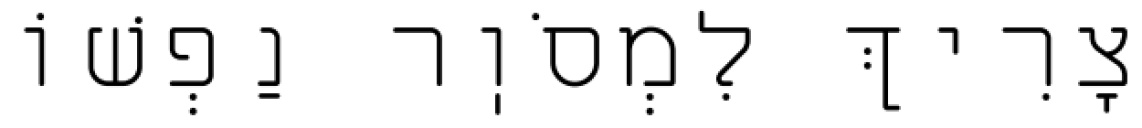
צָרִיךְ לִמְסֹוֽר נַפְשׁוֹ